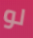
لو